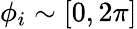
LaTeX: \phi_{i}\sim[0,2\pi]